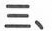
三、